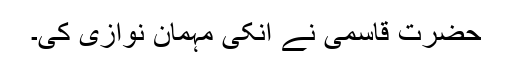
حضرت قاسمیؒ نے انکی مہمان نوازی کی۔